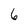
Character: 6